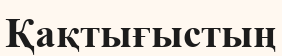
Қақтығыстың